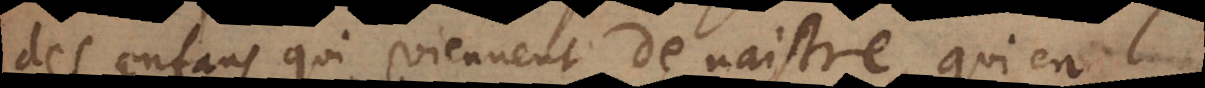
des enfans qui viennent de naistre, qui en